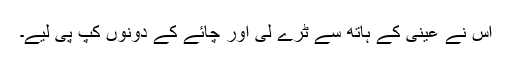
اس نے عینی کے ہاتھ سے ٹرے لی اور چائے کے دونوں کپ پی لیے۔